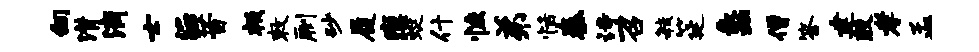
向潸滴士E昔叛敕劂砂履瘼蜓什恢弟恬秦诗召敏筵蠡僧答建殷孝孟